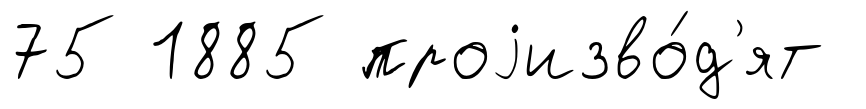
75 1885 проjизво́д'ят